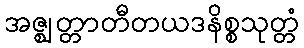
အဇ္ဈတ္တာတီတယဒနိစ္စသုတ္တံ